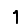
Digit: 1